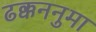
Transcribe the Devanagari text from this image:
ढक्कननुमा